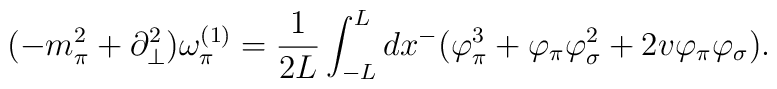
(-m_{\pi}^{2}+\partial^{2}_{\bot})\omega^{(1)}_{\pi}=\frac{1}{2L}\int^{L}_{-L}dx^{-}(\varphi^{3}_{\pi}+\varphi_{\pi}\varphi^{2}_{\sigma}+2v\varphi_{\pi}\varphi_{\sigma}).